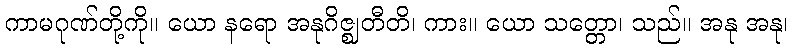
ကာမဂုဏ်တို့ကို။ ယော နရော အနုဂိဇ္ဈတီတိ၊ ကား။ ယော သတ္တော၊ သည်။ အနု အနု၊